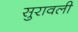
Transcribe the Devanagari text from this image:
सुरावली